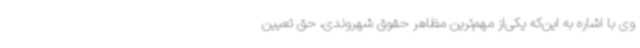
وی با اشاره به این‌که یکی‌از مهم‌ترین مظاهر حقوق شهروندی، حق تعیین